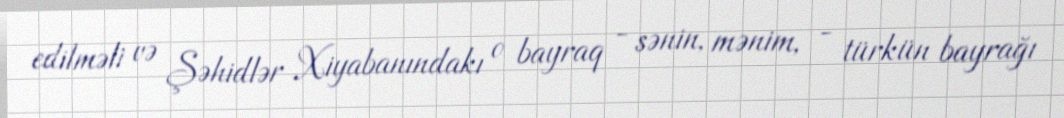
edilməli və Şəhidlər Xiyabanındakı o bayraq - sənin, mənim, - türkün bayrağı